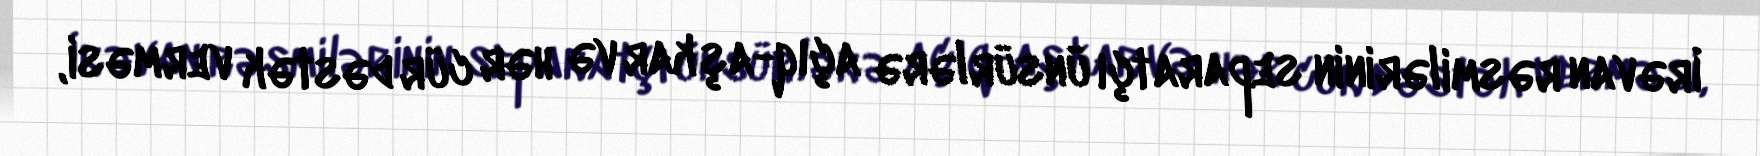
İrəvan rəsmilərinin separatçı ünsürlərə açıq-aşkar və hər cür dəstək verməsi,